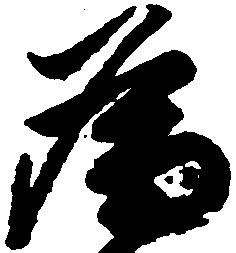
為